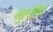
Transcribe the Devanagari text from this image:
मुलहिदों